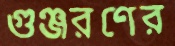
গুঞ্জরণের